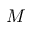
M